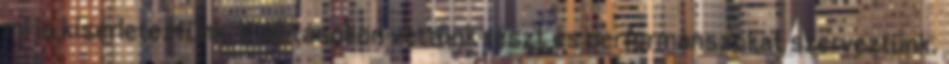
mi is kísérleteztünk. Kiállításokon vettünk részt és performanszokat szerveztünk.